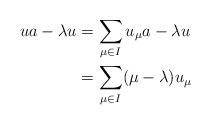
LaTeX: \begin{align*}ua - \lambda u &= \sum_{\mu \in I} u_\mu a - \lambda u \\&= \sum_{\mu \in I} (\mu - \lambda) u_\mu\end{align*}